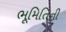
ભૂમિતિની